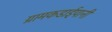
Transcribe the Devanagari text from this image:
ग्रामकडाईपानी